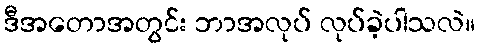
ဒီအတောအတွင်း ဘာအလုပ် လုပ်ခဲ့ပါသလဲ။